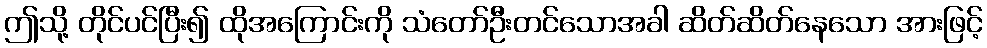
ဤသို့ တိုင်ပင်ပြီး၍ ထိုအကြောင်းကို သံတော်ဦးတင်သောအခါ ဆိတ်ဆိတ်နေသော အားဖြင့်